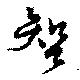
智